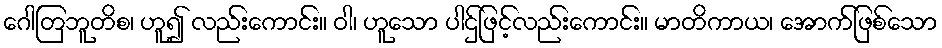
ဂေါတြဘူတိစ၊ ဟူ၍ လည်းကောင်း။ ဝါ၊ ဟူသော ပါဌ်ဖြင့်လည်းကောင်း။ မာတိကာယ၊ အောက်ဖြစ်သော